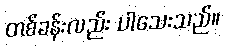
တစ်ခန်းလည်း ပါသေးသည်။